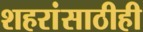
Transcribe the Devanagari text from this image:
शहरांसाठीही